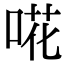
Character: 𠵅